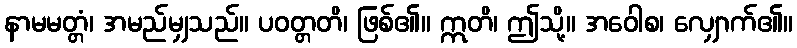
နာမမတ္တံ၊ အမည်မျှသည်။ ပဝတ္တတိ၊ ဖြစ်၏။ ဣတိ၊ ဤသို့။ အဝေါစ၊ လျှောက်၏။